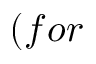
( f o r